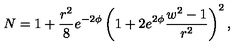
N = 1 + \frac { r ^ { 2 } } { 8 } e ^ { - 2 \phi } \left( 1 + 2 e ^ { 2 \phi } \frac { w ^ { 2 } - 1 } { r ^ { 2 } } \right) ^ { 2 } ,